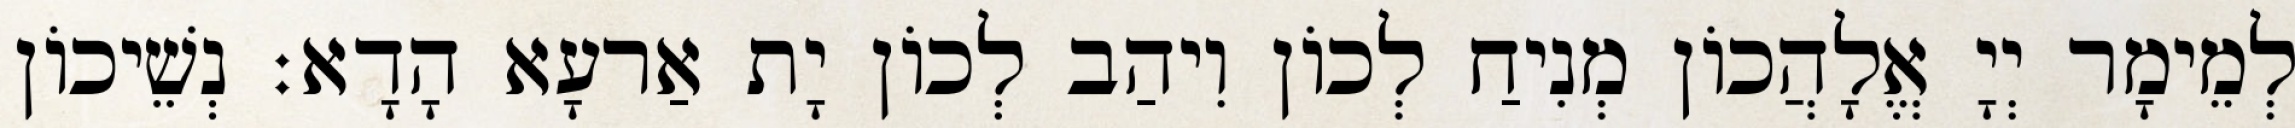
לְמֵימָר יְיָ אֱלָהֲכוֹן מְנִיחַ לְכוֹן וִיהַב לְכוֹן יָת אַרעָא הָדָא׃ נְשֵׁיכוֹן